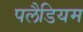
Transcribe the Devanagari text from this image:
पलैडियम